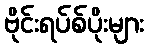
ဗိုင်းရပ်စ်ပိုးများ